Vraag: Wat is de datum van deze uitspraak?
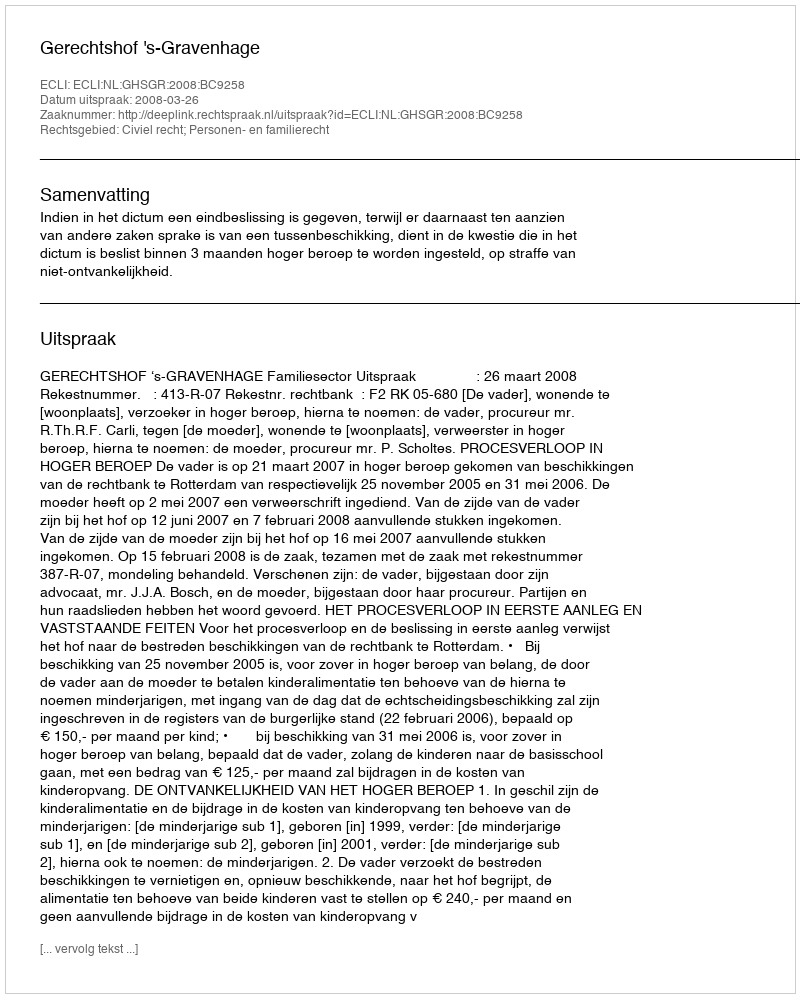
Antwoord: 2008-03-26